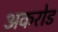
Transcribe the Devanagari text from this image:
अकरोड